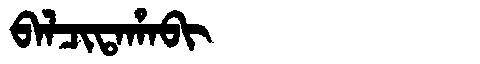
Manchu: ᠪᠠᠯᠴᡳᡨᠠᡥᠠᠪᡳ
Romanization: BALCITAHABI